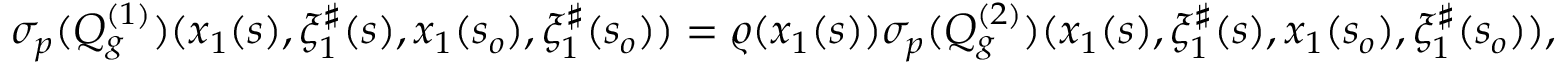
\begin{array} { r } { { { \sigma _ { p } } } ( Q _ { g } ^ { ( 1 ) } ) ( x _ { 1 } ( s ) , \xi _ { 1 } ^ { \sharp } ( s ) , x _ { 1 } ( s _ { o } ) , \xi _ { 1 } ^ { \sharp } ( s _ { o } ) ) = \varrho ( x _ { 1 } ( s ) ) { { \sigma _ { p } } } ( Q _ { g } ^ { ( 2 ) } ) ( x _ { 1 } ( s ) , \xi _ { 1 } ^ { \sharp } ( s ) , x _ { 1 } ( s _ { o } ) , \xi _ { 1 } ^ { \sharp } ( s _ { o } ) ) , } \end{array}